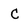
Character: C